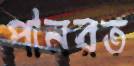
পানরত